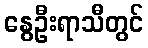
နွေဦးရာသီတွင်